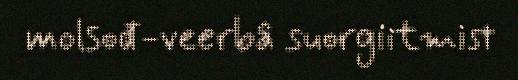
molsođ-veerbâ suorgiitmist